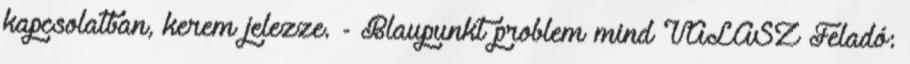
kapcsolatban, kerem jelezze. - Blaupunkt problem mind VÁLASZ Feladó: